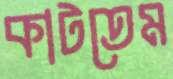
কাটতেম